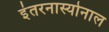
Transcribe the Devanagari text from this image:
इंतरनास्योनाल